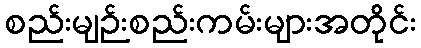
စည်းမျဉ်းစည်းကမ်းများအတိုင်း